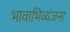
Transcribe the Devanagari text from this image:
भावाभिव्यंजना